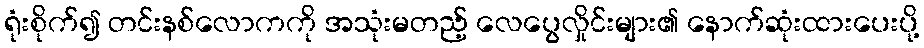
ရုံးစိုက်၍ တင်းနစ်လောကကို အသုံးမတည့် လေပွေလှိုင်းများ၏ နောက်ဆုံးထားပေးပို့